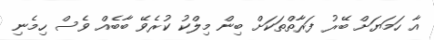
އާ ހަމަޔަށް ބޭރު ފަރާތްތަކަށް ބިން މިލްކު ކުރެވޭ ބާބެއް ވެސް ހިމެނި